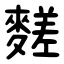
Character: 䴾